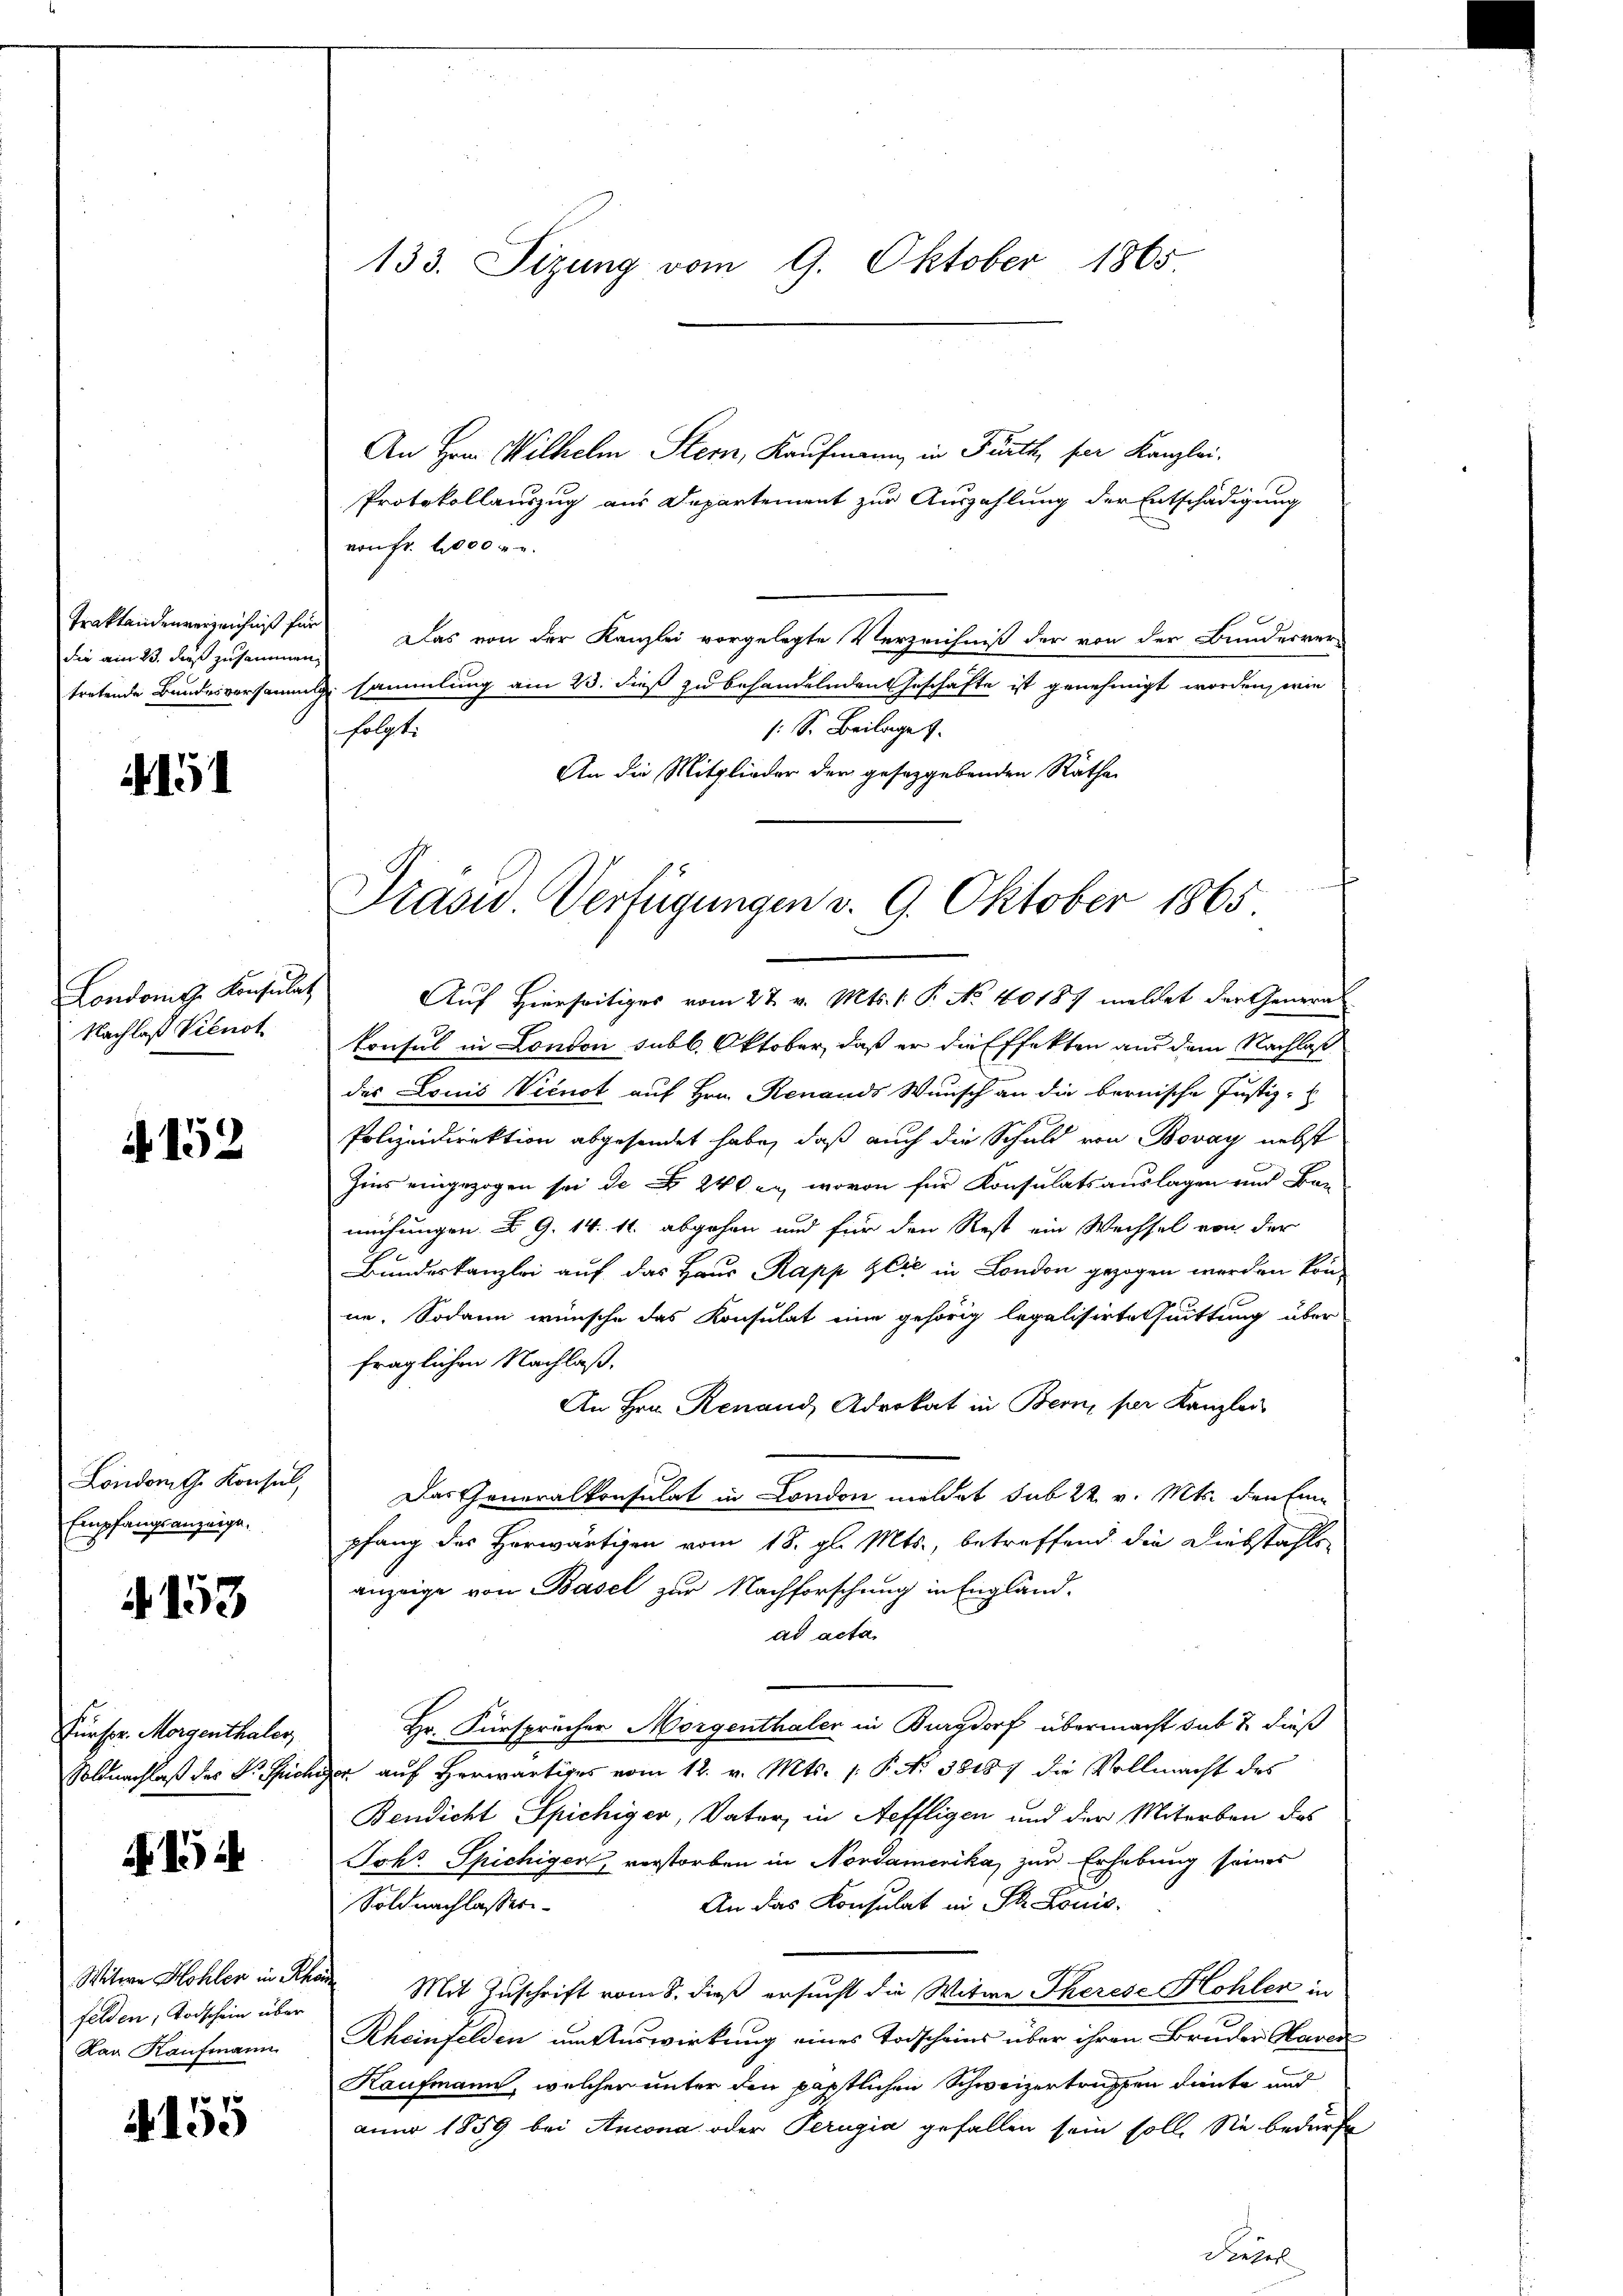
Traktandenverzeichniß für
die am 23. daß zusammen.

4151

Londons Konsulat
Nachlaß Vienot

A 152

London the Konsul,
Empfangsanzeige,

G. 153

Fürsor. Morgenthaler,

15

Witwe Hohler in Re
felden, Todschein über
Kar Kaufmann

155

An Hrn. Wilhelm Stern, Kaufmann in Fürth, par Kanzlei.
Protokollauszug aus Departement zur Auszahlung der Entschädigung
von Fr. 1000 u.
Das von der Kanzlei vorgelegte Verzeichniß der von der Bunderren
tretende Bundesversammlg. sammlung am 23. dieß zu behandelnden Geschäfte ist genehmigt worden, wie
/: S. Beilage
folgt.
An die Mitglieder der gesetzgebenden Räthe

133. Sizung vom 9. Oktober 1865.

Prasid Verfügungen v. 9. Oktober 1865

Auf Hierseitiges vom 27. v. Mts. 1. P. No 10187 meldet der General
konsul in London subl. Oktober, daß er die Effekten aus dem Nachlaß
das Louis Vicnot auf Hrn. Renauds Wunsch an die bernische Justiz-
Polizeidirektion abgesendet habe, daß auch die Schuld von Bovay nebst
Zins eingezogen sei den 240 an, wovon für Konsulatsauslagen und Bar
mühungen d. G. 14. 11. abgehen und für den Rest ein Wechsel von der
Bundeskanzlei auf das Haus Rapp Glie in London gezogen werden könne. Sodann wünsche das Konsulat eine gehörig legalisirte Quittung über
fraglichen Nachlaß.
An Hrn. Renaud, Advokat in Bern, per Kanzlei
Das Generalkonsulat in London meldet sub 22 v. Mts. den Eine
pfang des Herwärtigen vom 18. gl. Mts., betreffend die Diebstahle
anzeige von Basel zur Nachforschung in Engländad acta
Hr. Fürsprücher Morgenthaler in Burgdorf übermacht sub 2 dieß
Soldnachlaß des Dr. Sicher auf herwärtiges vom 12. v. Mts. 1. P. Nr. 38187 die Vollmacht des
Bendicht Spichiger, Vater, in Aeffligen und der Miterben das
Schr. Spichigen, verstorben in Nordamerika, zur Erhebung seines
An das Konsulat in St. Louis-
Soldnachlasser
ede Mit Zuschrift vom 8. dieß ersucht die Witwe Therese Hohler in
Rheinfelden um Auswirkung eines Todscheins über ihren Bruder Haver
Kaufmann, welcher unter den päpstlichen Schweizertruppen deute und
anno 1859 bei Ancona oder Perugia gefallen sein soll. Sie bedürfe
Fiehrs